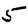
Digit: 5